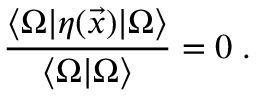
\frac { \langle \Omega | \eta ( \vec { x } ) | \Omega \rangle } { \langle \Omega | \Omega \rangle } = 0 \; .